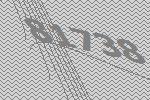
81738